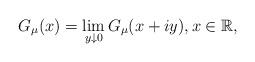
LaTeX: \begin{align*}G_{\mu}(x)=\lim_{y\downarrow0}G_{\mu}(x+iy),x\in\mathbb{R},\end{align*}